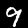
Label: 9